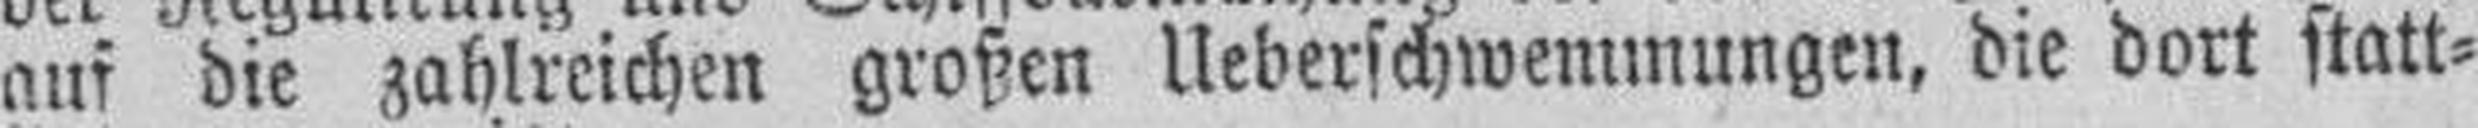
auf die zahlreichen großen Ueberschwemmungen, die dort statt¬